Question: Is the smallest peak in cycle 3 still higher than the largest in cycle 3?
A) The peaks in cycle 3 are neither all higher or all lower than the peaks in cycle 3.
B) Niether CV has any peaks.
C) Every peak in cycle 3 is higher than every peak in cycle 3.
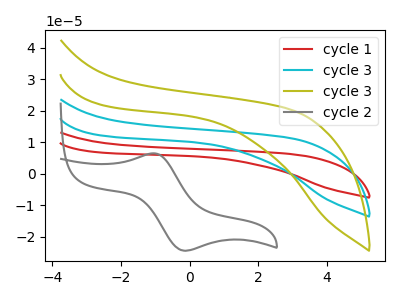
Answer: <think>The red curve "cycle 1" has no peaks. The cyan curve "cycle 3" has no peaks. The olive curve "cycle 3" has no peaks. The gray curve "cycle 2" has an anodic peak at (-1.05V, 6.55uA) and a cathodic peak at (-0.15V, -24.35uA).</think>
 <answer>B) Niether CV has any peaks.</answer>
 <eval>B</eval>